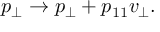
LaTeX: p _ { \bot } \rightarrow p _ { \bot } + p _ { 1 1 } v _ { \bot } .